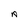
Character: A